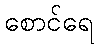
စောင်ရေ